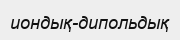
иондық-дипольдық